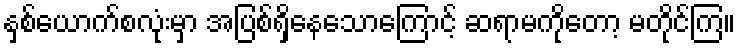
နှစ်ယောက်စလုံးမှာ အပြစ်ရှိနေသောကြောင့် ဆရာမကိုတော့ မတိုင်ကြ။